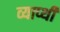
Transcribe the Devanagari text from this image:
व्याप्थी